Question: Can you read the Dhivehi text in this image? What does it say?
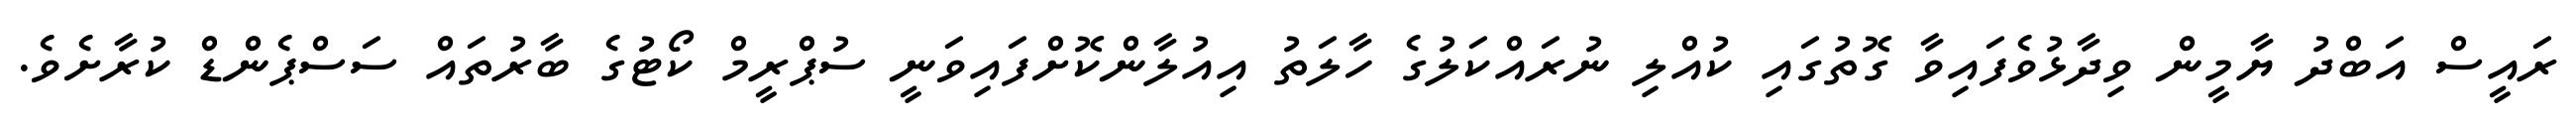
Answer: ރައީސް އަބްދު ޔާމީން ވިދާޅުވެފައިވާ ގޮތުގައި ކުއްލި ނުރައްކަލުގެ ހާލަތު އިއުލާންކޮށްފައިވަނީ ސުޕްރީމް ކޯޓުގެ ބާރުތައް ސަސްޕެންޑް ކުރާށެވެ.